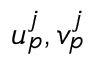
u _ { p } ^ { j } , v _ { p } ^ { j }